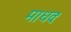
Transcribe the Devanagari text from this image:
माधवः